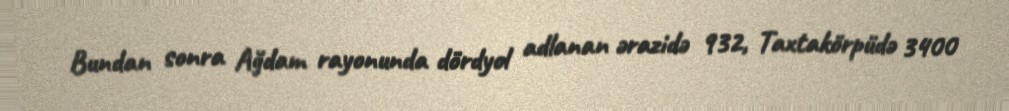
Bundan sonra Ağdam rayonunda dördyol adlanan ərazidə 932, Taxtakörpüdə 3400